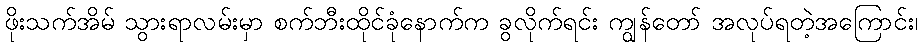
ဖိုးသက်အိမ် သွားရာလမ်းမှာ စက်ဘီးထိုင်ခုံနောက်က ခွလိုက်ရင်း ကျွန်တော် အလုပ်ရတဲ့အကြောင်း၊